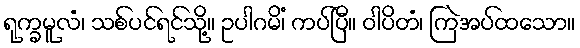
ရုက္ခမူလံ၊ သစ်ပင်ရင်သို့။ ဥပါဂမိံ၊ ကပ်ပြီ။ ဝါပိတံ၊ ကြဲအပ်ထသော။